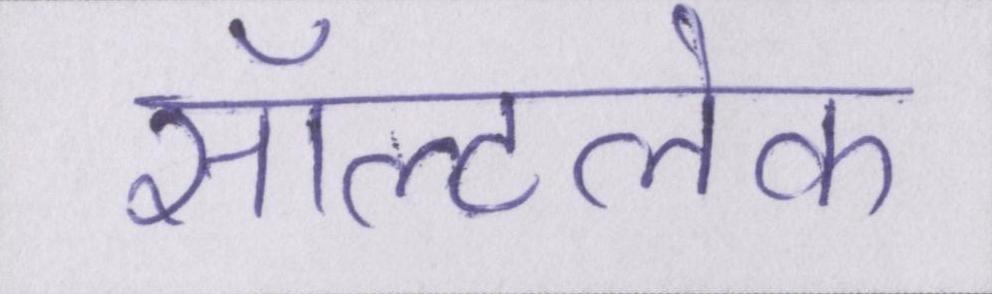
सॉल्टलेक